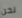
نحن